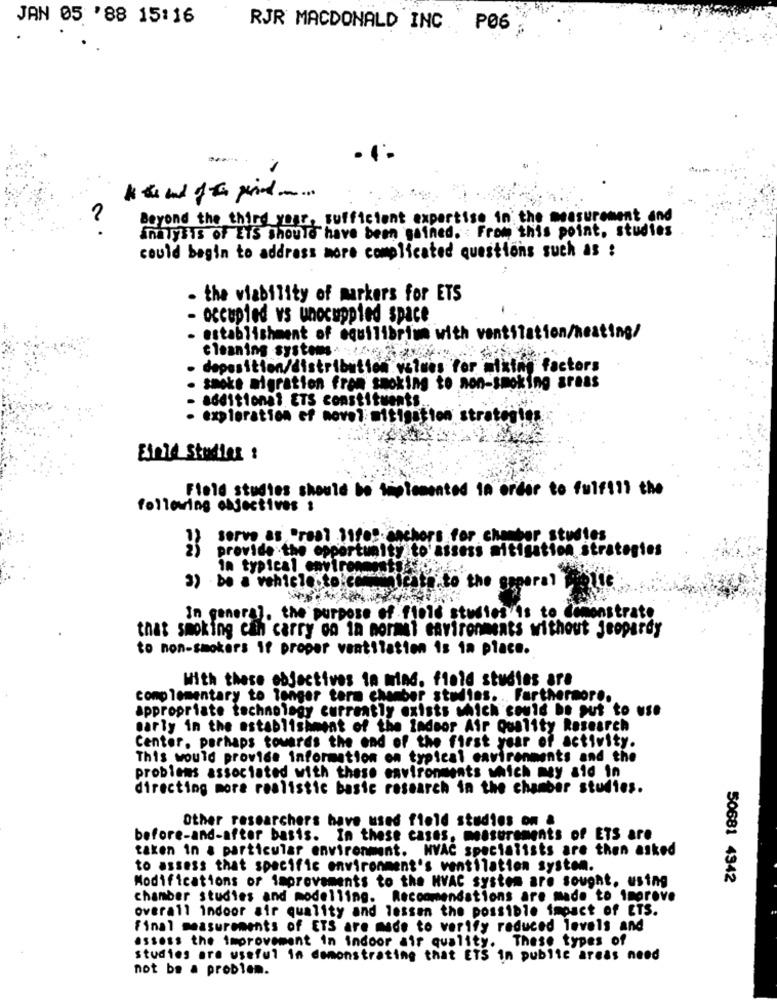
JAN 05 '88 15:16
RJR MACDONALD INC. PØ6
2
Beyond the third year, sufficient expertise in the measurement and
analysis of ETS should have been gained. : From this point, studies
could begin to address more complicated questions such as :
- the viability of markers for ETS
- occupied vs unocuppied space
establishment of equilibrium with ventilation/heating/
cleaning systems ARE
deposition/distribution values for miking factors
smoke migration from smoking to non-smoking areas
additional ETS constituents
- exploration ef novel mitigation stratenles
Einte Studier :
Field studies should be tiplemented in order to fulfill the
following objectives :
serve as 'real life" anchors for chamber studies
provide the opportunity to'assess mitigation strategies
In typical environmed
3) be a vehicle.to.ce
whipit to the esperal molte
In general, the purpose of field studies is to Comonstrate
that smoking can carry on in normal environments without jeopardy
to non-smokers if proper ventilation is in place.
With these objectives in mind. field studies are
complementary to longer term chamber studies. .. Furthermore.
appropriate technology currently exists which could be put to use
early in the establishment of the Indoor Air Quality Research
Center, perhaps towards the end of the first year of activity.
This would provide information on typical environments and the
problems associated with these environments which my aid in
directing more realistic basic research in the chamber studies.
Other researchers have used field studies on &
before-and-after basis. In these cases, measurements of ETS are
taken in a particular environment. HVAC specialists are then asked
to assess that specific environment's ventilation system.
Modifications or improvements to the HVAC system are sought. using
50681 4342
chamber studies and modelling. Recommendations are made to improve
overall indoor air quality and lessen the possible impact of ETS.
Final measurements of ETS are made to verify reduced levels and
assess the improvement in indoor air quality. These types of
studies are useful in demonstrating that ETS in public areas need
not be a problem.